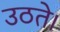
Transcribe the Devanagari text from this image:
उठते।